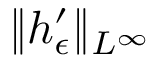
\| h _ { \epsilon } ^ { \prime } \| _ { L ^ { \infty } }